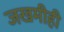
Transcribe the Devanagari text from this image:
जखमीही